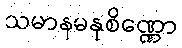
သမာနမနုစိဏ္ဏော